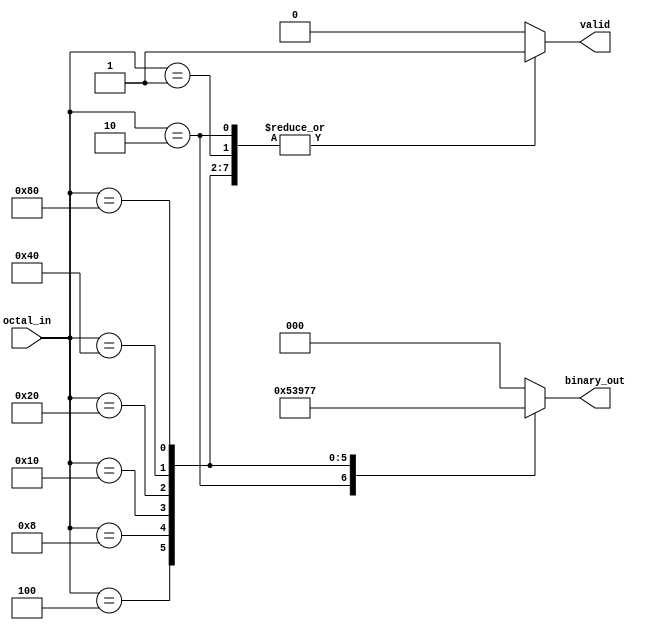
module octal_to_binary_encoder (
    input  wire [7:0] octal_in,   // 8-bit input for octal values
    output reg  [2:0] binary_out,  // 3-bit output for binary representation
    output reg        valid         // Validity signal
);

// Always block for encoding
always @(*) begin
    // Initialize outputs
    binary_out = 3'b000; // Default output for invalid state
    valid = 1'b0;        // Default validity to false

    // Check each input bit from octal_in
    case (octal_in)
        8'b00000001: begin binary_out = 3'b000; valid = 1'b1; end // octal 0
        8'b00000010: begin binary_out = 3'b001; valid = 1'b1; end // octal 1
        8'b00000100: begin binary_out = 3'b010; valid = 1'b1; end // octal 2
        8'b00001000: begin binary_out = 3'b011; valid = 1'b1; end // octal 3
        8'b00010000: begin binary_out = 3'b100; valid = 1'b1; end // octal 4
        8'b00100000: begin binary_out = 3'b101; valid = 1'b1; end // octal 5
        8'b01000000: begin binary_out = 3'b110; valid = 1'b1; end // octal 6
        8'b10000000: begin binary_out = 3'b111; valid = 1'b1; end // octal 7
        default: begin 
            binary_out = 3'b000;    // Output remains 000 for invalid state
            valid = 1'b0;           // No valid input
        end
    endcase
end

endmodule